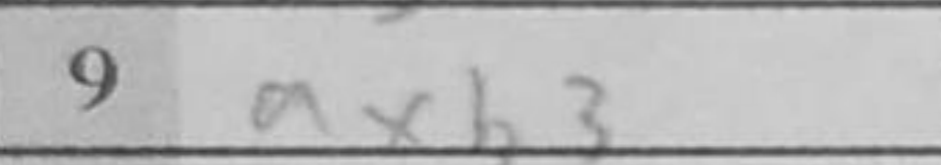
Transcription: axb3